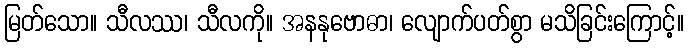
မြတ်သော။ သီလဿ၊ သီလကို။ အနနုဗောဓာ၊ လျောက်ပတ်စွာ မသိခြင်းကြောင့်။